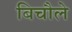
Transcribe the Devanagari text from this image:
बिचौले